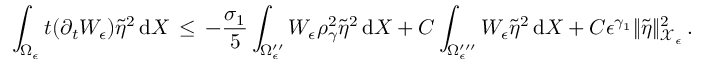
\int _ { \Omega _ { \epsilon } } t ( \partial _ { t } W _ { \epsilon } ) \tilde { \eta } ^ { 2 } \, \mathrm { d } X \, \le \, - \frac { \sigma _ { 1 } } { 5 } \int _ { \Omega _ { \epsilon } ^ { \prime \prime } } W _ { \epsilon } \rho _ { \gamma } ^ { 2 } \tilde { \eta } ^ { 2 } \, \mathrm { d } X + C \int _ { \Omega _ { \epsilon } ^ { \prime \prime \prime } } W _ { \epsilon } \tilde { \eta } ^ { 2 } \, \mathrm { d } X + C \epsilon ^ { \gamma _ { 1 } } \| \tilde { \eta } \| _ { \mathcal { X } _ { \epsilon } } ^ { 2 } \, .